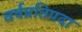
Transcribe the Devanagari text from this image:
वर्षप्रतिपदा